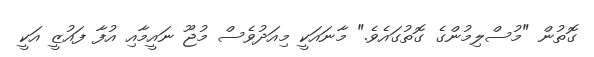
ގޮތުން "މުސްލިމުންގެ ގޮތުގައެވެ." މާނައަކީ މިއަދުވެސް މުޖޫ ނައީމާއި އުފާ ފައުޒީ އަކީ